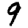
Digit: 9